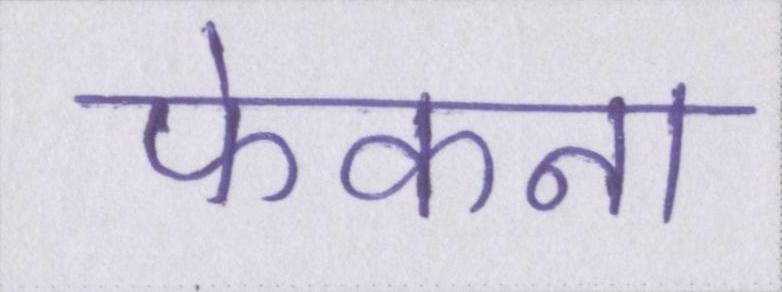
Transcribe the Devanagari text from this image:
फेकना